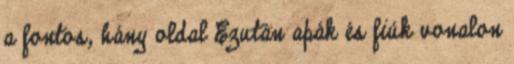
a fontos, hány oldal Ezután apák és fiúk vonalon